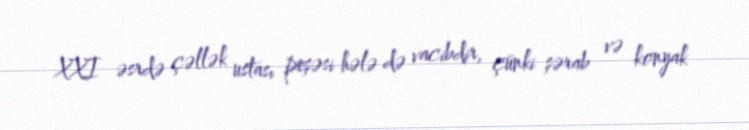
XXI əsrdə çəllək ustası peşəsi hələ də vacibdir, çünki şərab və konyak